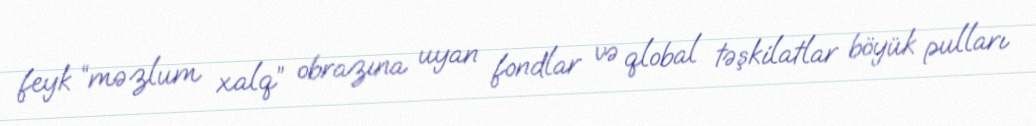
feyk “məzlum xalq” obrazına uyan fondlar və qlobal təşkilatlar böyük pulları